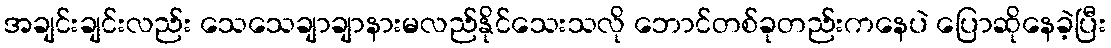
အချင်းချင်းလည်း သေသေချာချာနားမလည်နိုင်သေးသလို ဘောင်တစ်ခုတည်းကနေပဲ ပြောဆိုနေခဲ့ပြီး